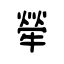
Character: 犖